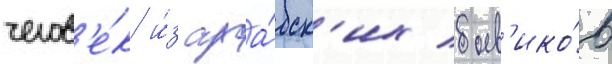
челов'е́к и́з ара́бск'их боев'ико́в